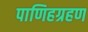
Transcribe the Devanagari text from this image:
पाणिहग्रहण